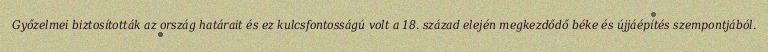
Győzelmei biztosították az ország határait és ez kulcsfontosságú volt a 18. század elején megkezdődő béke és újjáépítés szempontjából.